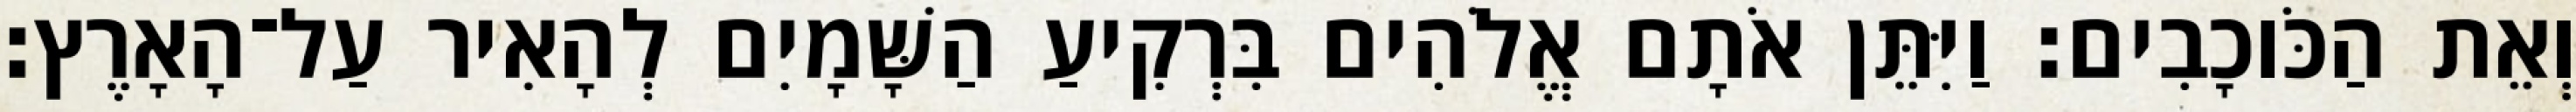
וְאֵת הַכֹּוכָבִים׃ וַיִּתֵּן אֹתָם אֱלֹהִים בִּרְקִיעַ הַשָּׁמָיִם לְהָאִיר עַל־הָאָרֶץ׃